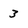
Character: 3